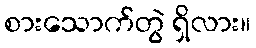
စားသောက်တွဲ ရှိလား။